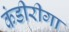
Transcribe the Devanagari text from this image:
कंडीरीगा